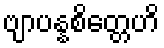
ဗျာပန္နစိတ္တေဟိ